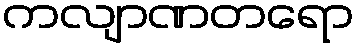
ကလျာဏတရော